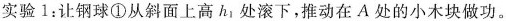
实验1：让钢球①从斜面上高 h_{1} 处滚下，推动在 A 处的小木块做功。